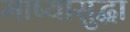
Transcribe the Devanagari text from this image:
माष्यासुद्धा